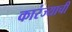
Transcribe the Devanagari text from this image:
कारंज्याची